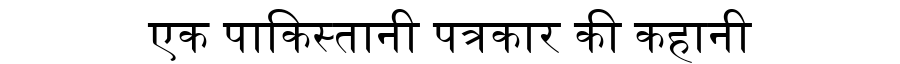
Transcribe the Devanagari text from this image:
एक पाकिस्तानी पत्रकार की कहानी